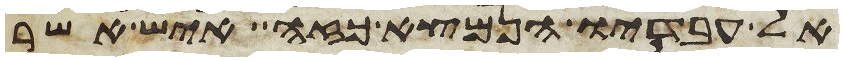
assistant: אל עבדיו הנמצא כזה איש אשר